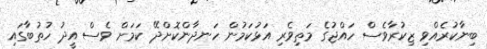
ބިނާކުރެއްވި ޒިކުރާވެސް ހައްޖުގެ މަތިވެރި އަޅުކަމުން ހަނދާންކޮށްދޭ ކަމަށް ވެސް އީދު ހުތުބާގައި